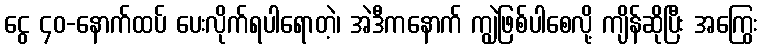
ငွေ ၄၀-နောက်ထပ် ပေးလိုက်ရပါရောတဲ့၊ အဲဒီကနောက် ကျွဲဖြစ်ပါစေလို့ ကျိန်ဆိုပြီး အကြွေး